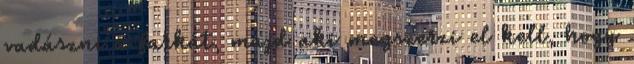
vadászni a farkát, majd aki megszerzi el kell, hogy